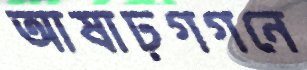
আষাঢ়গগনে